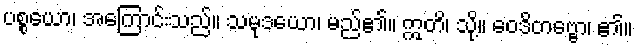
ပစ္စယော၊ အကြောင်းသည်။ သမုဒယော၊ မည်၏။ ဣတိ၊ သို့။ ဝေဒိတဗ္ဗော၊ ၏။